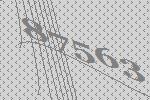
87563